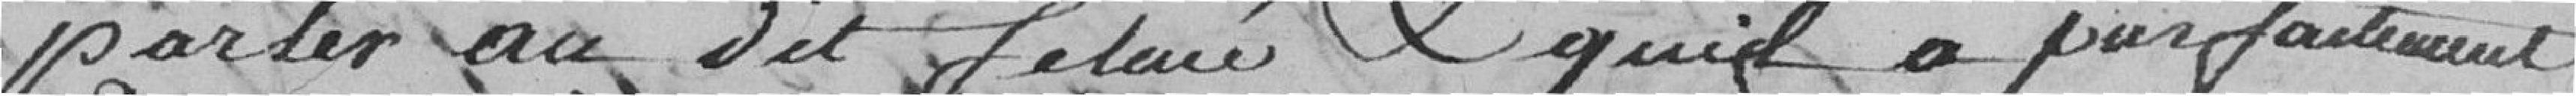
parler au dit Felmé, et qu'il a parfaitement